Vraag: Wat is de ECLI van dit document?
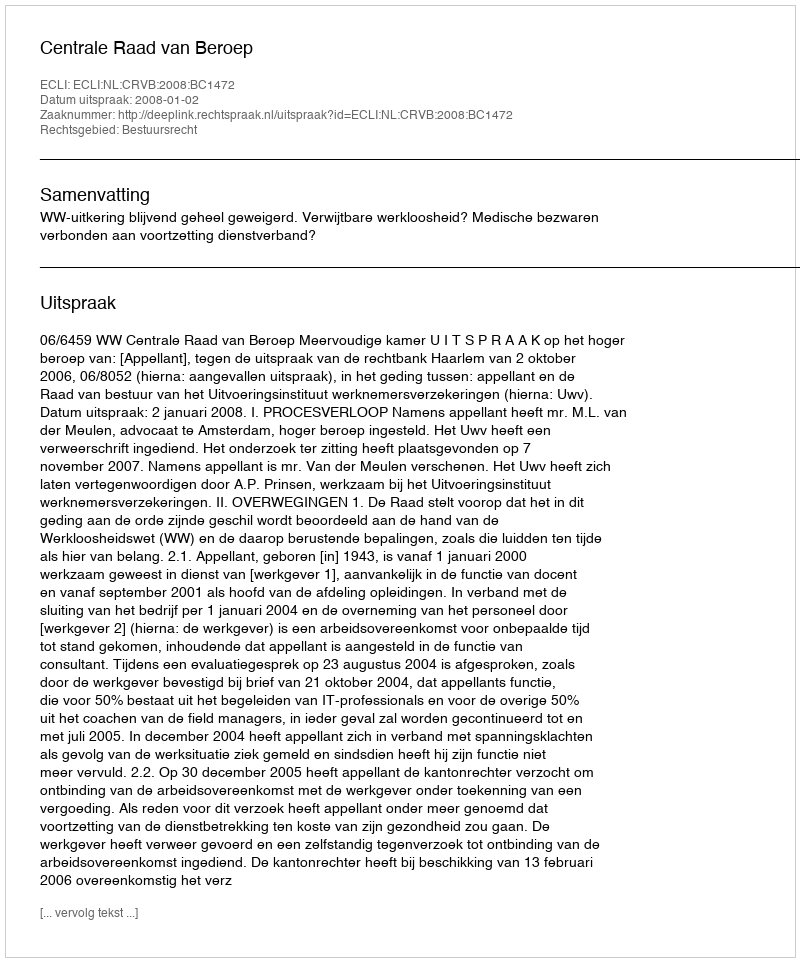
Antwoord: ECLI:NL:CRVB:2008:BC1472